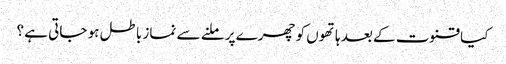
کیا قنوت کے بعد ہاتھوں کو چھرے پر ملنے سے نماز باطل ہو جاتی ہے ؟